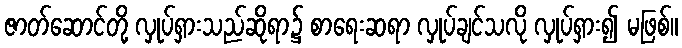
ဇာတ်ဆောင်တို့ လှုပ်ရှားသည်ဆိုရာ၌ စာရေးဆရာ လှုပ်ချင်သလို လှုပ်ရှား၍ မဖြစ်။